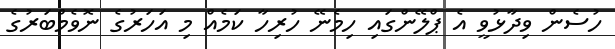
ހުސެން ވިދާޅުވީ އެ ޕްލޭންގައި ހިމެނޭ ހުރިހާ ކަމެއް މި އަހަރުގެ ނޮވެމްބަރުގެ